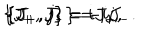
LaTeX: \{ J _ { + } , J _ { - } \} = i j , \hspace { 7 m m } \{ J _ { + } , j \} = i J _ { + } , \hspace { 7 m m } \{ J _ { - } , j \} = - i J _ { - } .